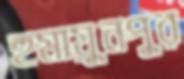
হুমায়ুনপুর